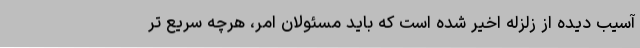
آسیب دیده از زلزله اخیر شده است که باید مسئولان امر، هرچه سریع تر